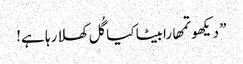
” دیکھو تمھارابیٹا کیا گُل کھلا رہا ہے!